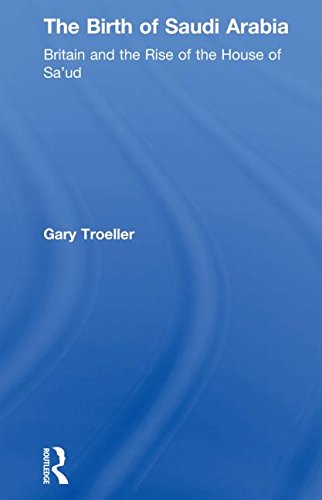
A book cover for The Birth of Saudi Arabia: Britain and the Rise of the House of Sa'ud; Gary Troeller; History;